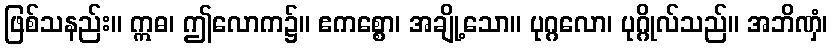
ဖြစ်သနည်း။ ဣဓ၊ ဤလောက၌။ ဧကစ္စော၊ အချို့သော။ ပုဂ္ဂလော၊ ပုဂ္ဂိုလ်သည်။ အဘိဏှံ၊